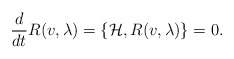
\begin{align*}{\frac{d}{dt}}R(v,\lambda )=\{\mathcal{H},R(v,\lambda )\}=0.\end{align*}